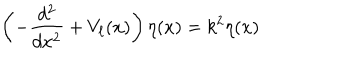
LaTeX: \left( - \frac { d ^ { 2 } } { d x ^ { 2 } } + V _ { \ell } ( x ) \right) \eta ( x ) = k ^ { 2 } \eta ( x )